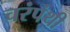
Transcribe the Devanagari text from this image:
चरंपंथी